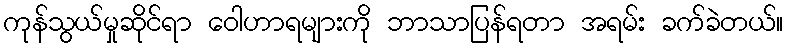
ကုန်သွယ်မှုဆိုင်ရာ ဝေါဟာရများကို ဘာသာပြန်ရတာ အရမ်း ခက်ခဲတယ်။